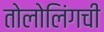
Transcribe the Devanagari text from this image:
तोलोलिंगची